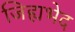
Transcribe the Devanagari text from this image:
जिह्यभेद